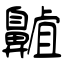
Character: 齇